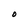
Character: O